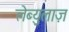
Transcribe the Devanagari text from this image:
लेब्युलाज़